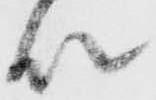
殿